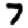
Digit: 7